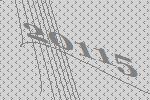
20115